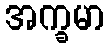
အက္ခမာ